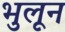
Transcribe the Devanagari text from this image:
भुलून